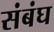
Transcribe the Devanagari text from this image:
संबंघ